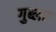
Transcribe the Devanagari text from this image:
गुब्लर